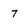
Character: 7